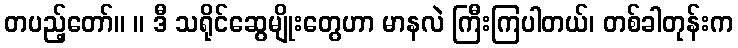
တပည့်တော်။ ။ ဒီ သရိုင်ဆွေမျိုးတွေဟာ မာနလဲ ကြီးကြပါတယ်၊ တစ်ခါတုန်းက